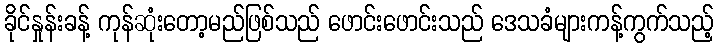
ခိုင်နှုန်းခန့် ကုန်ဆုံးတော့မည်ဖြစ်သည် ဖောင်းဖောင်းသည် ဒေသခံများကန့်ကွက်သည့်